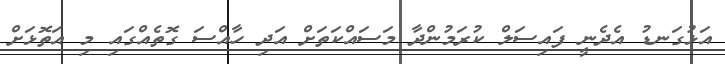
އަޅުގަނޑު އެދެނީ ފައިސަލް ކުރަމުންދާ މަސައްކަތަށް އަދި ހާއްސަ ގޮތެއްގައި މި އަތޮޅަށް